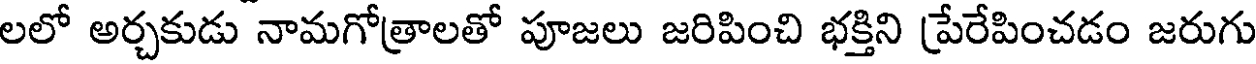
లలో అర్చకుడు నామగోత్రాలతో పూజలు జరిపించి భక్తిని ప్రేరేపించడం జరుగు